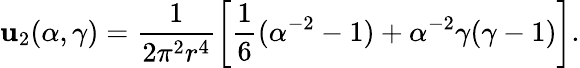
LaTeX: \mathbf{u}_{2}(\alpha,\gamma)=\frac{1}{{2\pi^{2}r^{4}}}\left[\frac{1}{6}(\alpha^{-2}-1)+\alpha^{-2}\gamma(\gamma-1)\right].